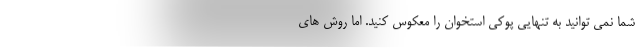
شما نمی توانید به تنهایی پوکی استخوان را معکوس کنید. اما روش های